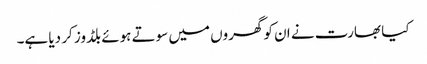
کیا بھارت نے ان کو گھروں میں سوتے ہوئے بلڈوز کر دیا ہے۔